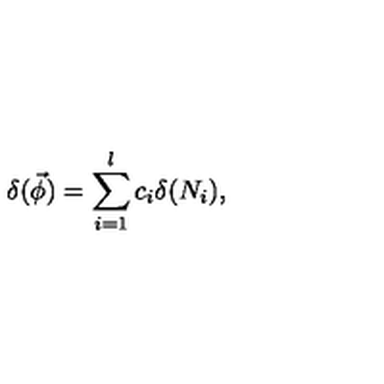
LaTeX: \delta ( \vec { \phi } ) = \sum _ { i = 1 } ^ { l } c _ { i } \delta ( N _ { i } ) ,